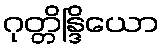
ဂုတ္တိန္ဒြိယော